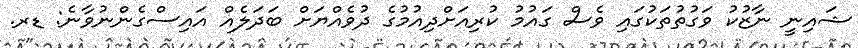
ޝައިނީ ނާޒުކު ވަގުތުތަކުގައި ވެސް ގައުމު ކުރިއަށްދިއުމުގެ ދުވެއްޔަށް ބަދަލެއް އައިސްގެންނުވާނެ: ޑރ.